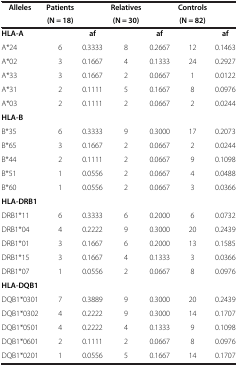
<table><thead><tr><td><b>Alleles</b></td><td><b>Patients</b></td><td><b> </b></td><td><b>Relatives</b></td><td><b> </b></td><td><b>Controls</b></td><td><b> </b></td></tr><tr><td><b> </b></td><td><b>(N = 18)</b></td><td><b> </b></td><td><b>(N = 30)</b></td><td><b> </b></td><td><b>(N = 82)</b></td><td><b> </b></td></tr></thead><tbody><tr><td><b>HLA-A</b></td><td> </td><td><b>af</b></td><td> </td><td><b>af</b></td><td> </td><td><b>af</b></td></tr><tr><td>A*24</td><td>6</td><td>0.3333</td><td>8</td><td>0.2667</td><td>12</td><td>0.1463</td></tr><tr><td>A*02</td><td>3</td><td>0.1667</td><td>4</td><td>0.1333</td><td>24</td><td>0.2927</td></tr><tr><td>A*33</td><td>3</td><td>0.1667</td><td>2</td><td>0.0667</td><td>1</td><td>0.0122</td></tr><tr><td>A*31</td><td>2</td><td>0.1111</td><td>5</td><td>0.1667</td><td>8</td><td>0.0976</td></tr><tr><td>A*03</td><td>2</td><td>0.1111</td><td>2</td><td>0.0667</td><td>2</td><td>0.0244</td></tr><tr><td><b>HLA-B</b></td><td> </td><td> </td><td> </td><td> </td><td> </td><td> </td></tr><tr><td>B*35</td><td>6</td><td>0.3333</td><td>9</td><td>0.3000</td><td>17</td><td>0.2073</td></tr><tr><td>B*65</td><td>3</td><td>0.1667</td><td>2</td><td>0.0667</td><td>2</td><td>0.0244</td></tr><tr><td>B*44</td><td>2</td><td>0.1111</td><td>2</td><td>0.0667</td><td>9</td><td>0.1098</td></tr><tr><td>B*51</td><td>1</td><td>0.0556</td><td>2</td><td>0.0667</td><td>4</td><td>0.0488</td></tr><tr><td>B*60</td><td>1</td><td>0.0556</td><td>2</td><td>0.0667</td><td>3</td><td>0.0366</td></tr><tr><td><b>HLA-DRB1</b></td><td> </td><td> </td><td> </td><td> </td><td> </td><td> </td></tr><tr><td>DRB1*11</td><td>6</td><td>0.3333</td><td>6</td><td>0.2000</td><td>6</td><td>0.0732</td></tr><tr><td>DRB1*04</td><td>4</td><td>0.2222</td><td>9</td><td>0.3000</td><td>20</td><td>0.2439</td></tr><tr><td>DRB1*01</td><td>3</td><td>0.1667</td><td>6</td><td>0.2000</td><td>13</td><td>0.1585</td></tr><tr><td>DRB1*15</td><td>3</td><td>0.1667</td><td>4</td><td>0.1333</td><td>3</td><td>0.0366</td></tr><tr><td>DRB1*07</td><td>1</td><td>0.0556</td><td>2</td><td>0.0667</td><td>8</td><td>0.0976</td></tr><tr><td><b>HLA-DQB1</b></td><td> </td><td> </td><td> </td><td> </td><td> </td><td> </td></tr><tr><td>DQB1*0301</td><td>7</td><td>0.3889</td><td>9</td><td>0.3000</td><td>20</td><td>0.2439</td></tr><tr><td>DQB1*0302</td><td>4</td><td>0.2222</td><td>9</td><td>0.3000</td><td>14</td><td>0.1707</td></tr><tr><td>DQB1*0501</td><td>4</td><td>0.2222</td><td>4</td><td>0.1333</td><td>9</td><td>0.1098</td></tr><tr><td>DQB1*0601</td><td>2</td><td>0.1111</td><td>2</td><td>0.0667</td><td>8</td><td>0.0976</td></tr><tr><td>DQB1*0201</td><td>1</td><td>0.0556</td><td>5</td><td>0.1667</td><td>14</td><td>0.1707</td></tr></tbody></table>